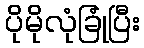
ပိုမိုလုံခြုံပြီး